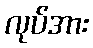
လုပ်အား